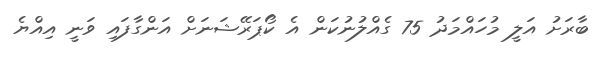
ބާރަށު އަލީ މުހައްމަދު 75 ގެއްލުނުކަން އެ ކޯޕަރޭޝަނަށް އަންގާފައި ވަނީ އިއްޔެ